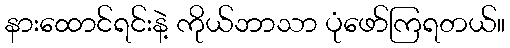
နားထောင်ရင်းနဲ့ ကိုယ်ဘာသာ ပုံဖော်ကြရတယ်။